Indian journal of veterinary science and animal husbandry - Volume 11,
Year: 1941
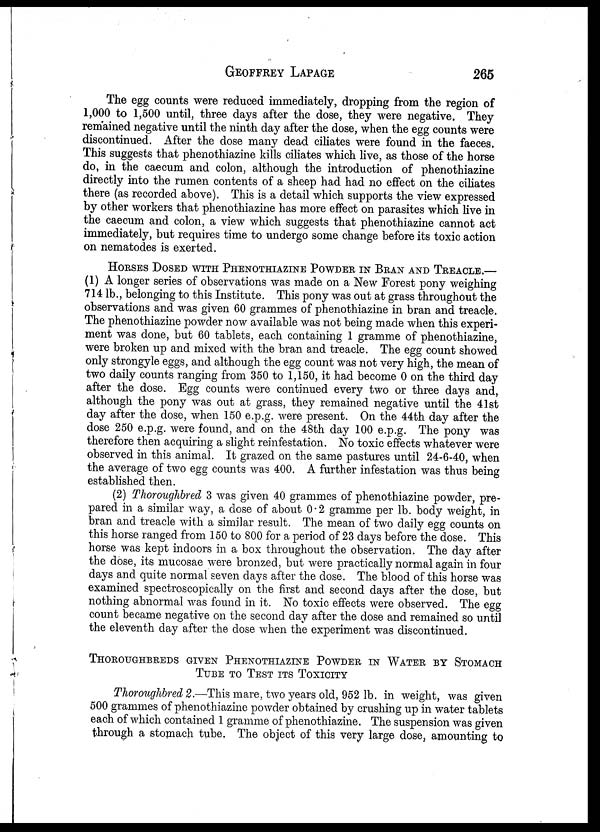
GEOFFREY
LAPAGE
265
The egg counts were reduced immediately, dropping from the region of
1,000 to 1,500 until, three days after the dose, they were negative. They
remained negative until the ninth day after the dose, when the egg counts were
discontinued. After the dose many dead ciliates were found in the faeces.
This suggests that phenothiazine kills ciliates which live, as those of the horse
do, in the caecum and colon, although the introduction of phenothiazine
directly into the rumen contents of a sheep had had no effect on the ciliates
there (as recorded above). This is a detail which supports the view expressed
by other workers that phenothiazine has more effect on parasites which live in
the caecum and colon, a view which suggests that phenothiazine cannot act
immediately, but requires time to undergo some change before its toxic action
on nematodes is exerted.
HORSES DOSED WITH PHENOTHIAZINE POWDER IN BRAN AND TREACLE.—
(1) A longer series of observations was made on a New Forest pony weighing
714 lb., belonging to this Institute. This pony was out at grass throughout the
observations and was given 60 grammes of phenothiazine in bran and treacle.
The phenothiazine powder now available was not being made when this experi-
ment was done, but 60 tablets, each containing 1 gramme of phenothiazine,
were broken up and mixed with the bran and treacle. The egg count showed
only strongyle eggs, and although the egg count was not very high, the mean of
two daily counts ranging from 350 to 1,150, it had become 0 on the third day
after the dose. Egg counts were continued every two or three days and,
although the pony was out at grass, they remained negative until the 41st
day after the dose, when 150 e.p.g. were present. On the 44th day after the
dose 250 e.p.g. were found, and on the 48th day 100 e.p.g. The pony was
therefore then acquiring a slight reinfestation. No toxic effects whatever were
observed in this animal. It grazed on the same pastures until 24-6-40, when
the average of two egg counts was 400. A further infestation was thus being
established then.
(2) Thoroughbred 3 was given 40 grammes of phenothiazine powder, pre-
pared in a similar way, a dose of about 0.2 gramme per lb. body weight, in
bran and treacle with a similar result. The mean of two daily egg counts on
this horse ranged from 150 to 800 for a period of 23 days before the dose. This
horse was kept indoors in a box throughout the observation. The day after
the dose, its mucosae were bronzed, but were practically normal again in four
days and quite normal seven days after the dose. The blood of this horse was
examined spectroscopically on the first and second days after the dose, but
nothing abnormal was found in it. No toxic effects were observed. The egg
count became negative on the second day after the dose and remained so until
the eleventh day after the dose when the experiment was discontinued.
THOROUGHBREDS GIVEN PHENOTHIAZINE POWDER IN WATER BY STOMACH
TUBE TO TEST ITS TOXICITY
Thoroughbred 2.—This mare, two years old, 952 lb. in weight, was given
500 grammes of phenothiazine powder obtained by crushing up in water tablets
each of which contained 1 gramme of phenothiazine. The suspension was given
through a stomach tube. The object of this very large dose, amounting to